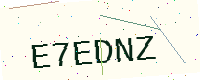
Text: E7EDNZ